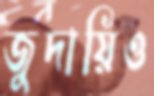
জুদায়িও